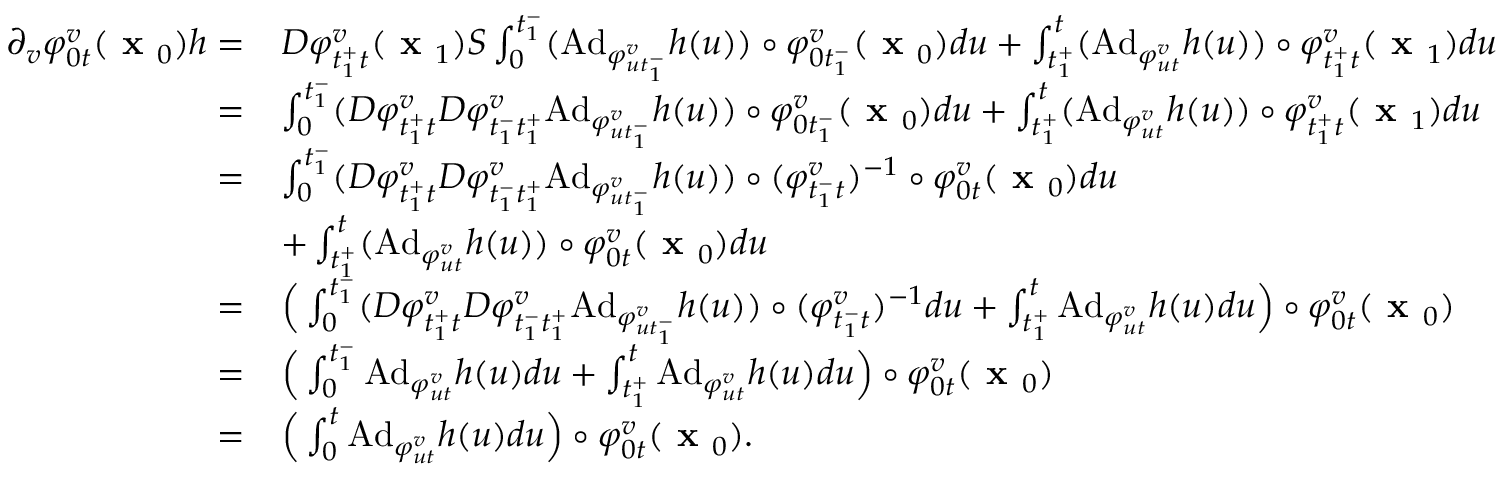
\begin{array} { r l } { \partial _ { v } \varphi _ { 0 t } ^ { v } ( \textbf { x } _ { 0 } ) h = } & { D \varphi _ { t _ { 1 } ^ { + } t } ^ { v } ( \textbf { x } _ { 1 } ) S \int _ { 0 } ^ { t _ { 1 } ^ { - } } ( \mathrm { A d } _ { \varphi _ { u t _ { 1 } ^ { - } } ^ { v } } h ( u ) ) \circ \varphi _ { 0 t _ { 1 } ^ { - } } ^ { v } ( \textbf { x } _ { 0 } ) d u + \int _ { t _ { 1 } ^ { + } } ^ { t } ( \mathrm { A d } _ { \varphi _ { u t } ^ { v } } h ( u ) ) \circ \varphi _ { t _ { 1 } ^ { + } t } ^ { v } ( \textbf { x } _ { 1 } ) d u } \\ { = } & { \int _ { 0 } ^ { t _ { 1 } ^ { - } } ( D \varphi _ { t _ { 1 } ^ { + } t } ^ { v } D \varphi _ { t _ { 1 } ^ { - } t _ { 1 } ^ { + } } ^ { v } \mathrm { A d } _ { \varphi _ { u t _ { 1 } ^ { - } } ^ { v } } h ( u ) ) \circ \varphi _ { 0 t _ { 1 } ^ { - } } ^ { v } ( \textbf { x } _ { 0 } ) d u + \int _ { t _ { 1 } ^ { + } } ^ { t } ( \mathrm { A d } _ { \varphi _ { u t } ^ { v } } h ( u ) ) \circ \varphi _ { t _ { 1 } ^ { + } t } ^ { v } ( \textbf { x } _ { 1 } ) d u } \\ { = } & { \int _ { 0 } ^ { t _ { 1 } ^ { - } } ( D \varphi _ { t _ { 1 } ^ { + } t } ^ { v } D \varphi _ { t _ { 1 } ^ { - } t _ { 1 } ^ { + } } ^ { v } \mathrm { A d } _ { \varphi _ { u t _ { 1 } ^ { - } } ^ { v } } h ( u ) ) \circ ( \varphi _ { t _ { 1 } ^ { - } t } ^ { v } ) ^ { - 1 } \circ \varphi _ { 0 t } ^ { v } ( \textbf { x } _ { 0 } ) d u } \\ & { + \int _ { t _ { 1 } ^ { + } } ^ { t } ( \mathrm { A d } _ { \varphi _ { u t } ^ { v } } h ( u ) ) \circ \varphi _ { 0 t } ^ { v } ( \textbf { x } _ { 0 } ) d u } \\ { = } & { \Big ( \int _ { 0 } ^ { t _ { 1 } ^ { - } } ( D \varphi _ { t _ { 1 } ^ { + } t } ^ { v } D \varphi _ { t _ { 1 } ^ { - } t _ { 1 } ^ { + } } ^ { v } \mathrm { A d } _ { \varphi _ { u t _ { 1 } ^ { - } } ^ { v } } h ( u ) ) \circ ( \varphi _ { t _ { 1 } ^ { - } t } ^ { v } ) ^ { - 1 } d u + \int _ { t _ { 1 } ^ { + } } ^ { t } \mathrm { A d } _ { \varphi _ { u t } ^ { v } } h ( u ) d u \Big ) \circ \varphi _ { 0 t } ^ { v } ( \textbf { x } _ { 0 } ) } \\ { = } & { \Big ( \int _ { 0 } ^ { t _ { 1 } ^ { - } } \mathrm { A d } _ { \varphi _ { u t } ^ { v } } h ( u ) d u + \int _ { t _ { 1 } ^ { + } } ^ { t } \mathrm { A d } _ { \varphi _ { u t } ^ { v } } h ( u ) d u \Big ) \circ \varphi _ { 0 t } ^ { v } ( \textbf { x } _ { 0 } ) } \\ { = } & { \Big ( \int _ { 0 } ^ { t } \mathrm { A d } _ { \varphi _ { u t } ^ { v } } h ( u ) d u \Big ) \circ \varphi _ { 0 t } ^ { v } ( \textbf { x } _ { 0 } ) . } \end{array}